Annual administration report of the Civil Veterinary Department of India - 1906-1907
Year: 1906
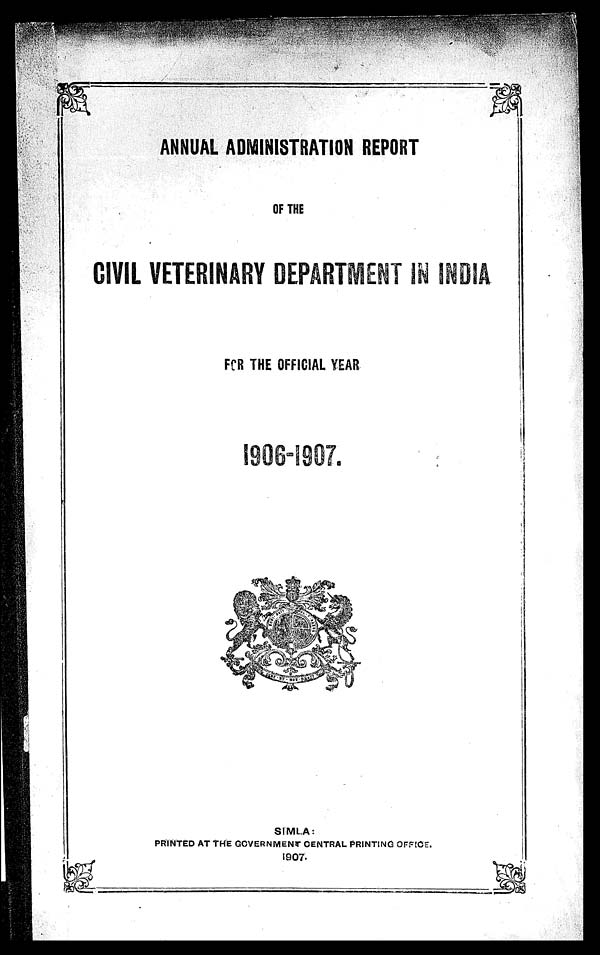
ANNUAL ADMINISTRATION REPORT
OF THE
CIVIL VETERINARY DEPARTMENT IN INDIA
FOR THE OFFICIAL YEAR
1906-1907.
SIMLA:
PRINTED AT THE GOVERNMENT CENTRAL PRINTING OFFICE.
1907.